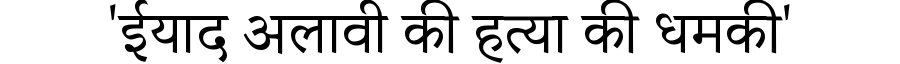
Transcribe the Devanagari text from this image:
'ईयाद अलावी की हत्या की धमकी'